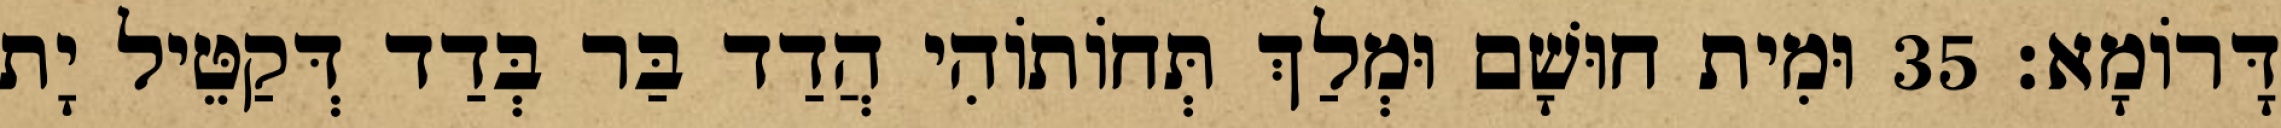
דָּרוֹמָא׃ 35 וּמִית חוּשָׁם וּמְלַךְ תְּחוֹתוֹהִי הֲדַד בַּר בְּדַד דְּקַטֵּיל יָת